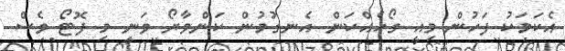
އެކަމަކު ފަހުން މިއީ ގޯހެއްކަން އެނގުމުން ކަންވާރޯ ވަނީ މި ފޮޓޯ ވެސް